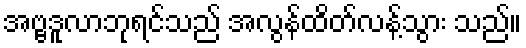
အဗ္ဗဒူလာဘုရင်သည် အလွန်ထိတ်လန့်သွား သည်။